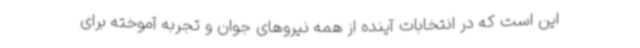
این است که در انتخابات آینده از همه نیروهای جوان و تجربه آموخته برای